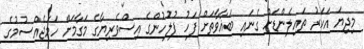
މިދިޔަ އަހަރު ތައިލެންޑަށް ގެނައި ބަޣާވާތަށް ފަހު ފުލުހުންގެ އިސްވެރިޔާގެ މަގާމަށް ހަމަޖެއްސުމުގެ